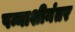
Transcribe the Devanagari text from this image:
पन्नाशीनंतर